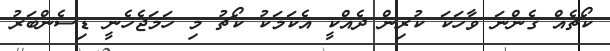
ކޯޗެއް ގެންނަ ވާހަކަ ކުރިން ދެއްކީ އެކަމަކު ކޯޗު މި ހަމަޖެހެނީ ޑިސެންބަރު